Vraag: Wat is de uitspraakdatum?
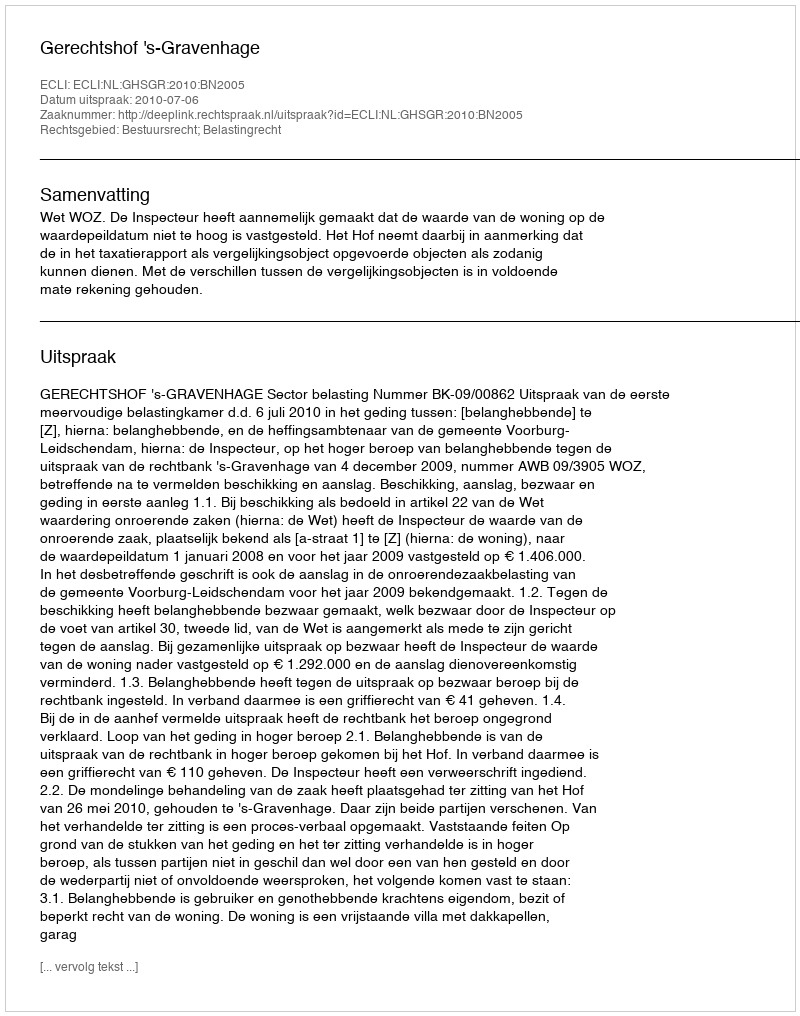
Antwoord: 2010-07-06